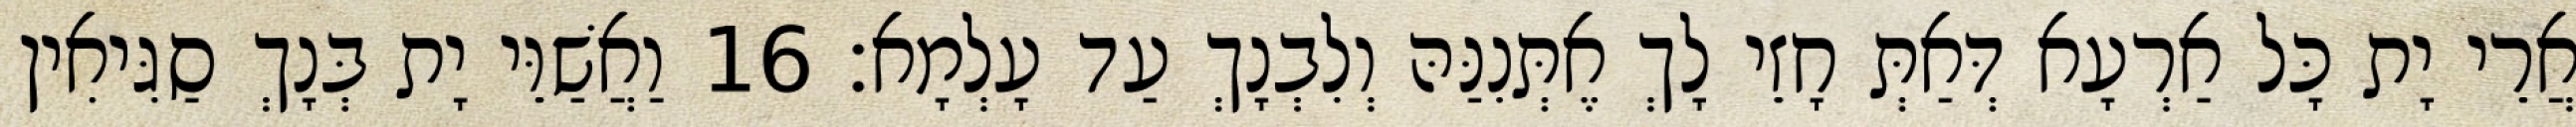
אֲרֵי יָת כָּל אַרְעָא דְּאַתְּ חָזֵי לָךְ אֶתְּנִנַּהּ וְלִבְנָךְ עַד עָלְמָא׃ 16 וַאֲשַׁוֵּי יָת בְּנָךְ סַגִּיאִין